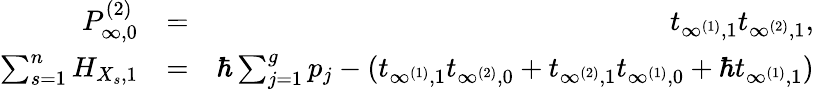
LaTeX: \begin{array}{rlr}{P_{\infty,0}^{(2)}}&{=}&{t_{\infty^{(1)},1}t_{\infty^{(2)},1},}\\ {\sum_{s=1}^{n}H_{X_{s},1}}&{=}&{\hbar\sum_{j=1}^{g}p_{j}-(t_{\infty^{(1)},1}t_{\infty^{(2)},0}+t_{\infty^{(2)},1}t_{\infty^{(1)},0}+\hbar t_{\infty^{(1)},1})}\end{array}